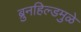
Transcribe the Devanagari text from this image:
ब्रुनहिल्डमुळे